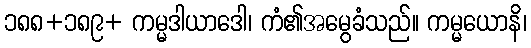
၁၈၈+၁၈၉+ ကမ္မဒါယာဒေါ၊ ကံ၏အမွေခံသည်။ ကမ္မယောနိ၊